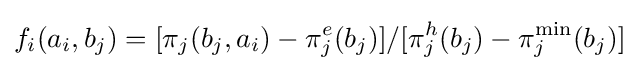
f_{i}(a_{i},b_{j})=[\pi _{j}(b_{j},a_{i})-\pi _{j}^{e}(b_{j})]/[\pi _{j}^{h}(b_{j})-\pi _{j}^{\text{min}}(b_{j})]